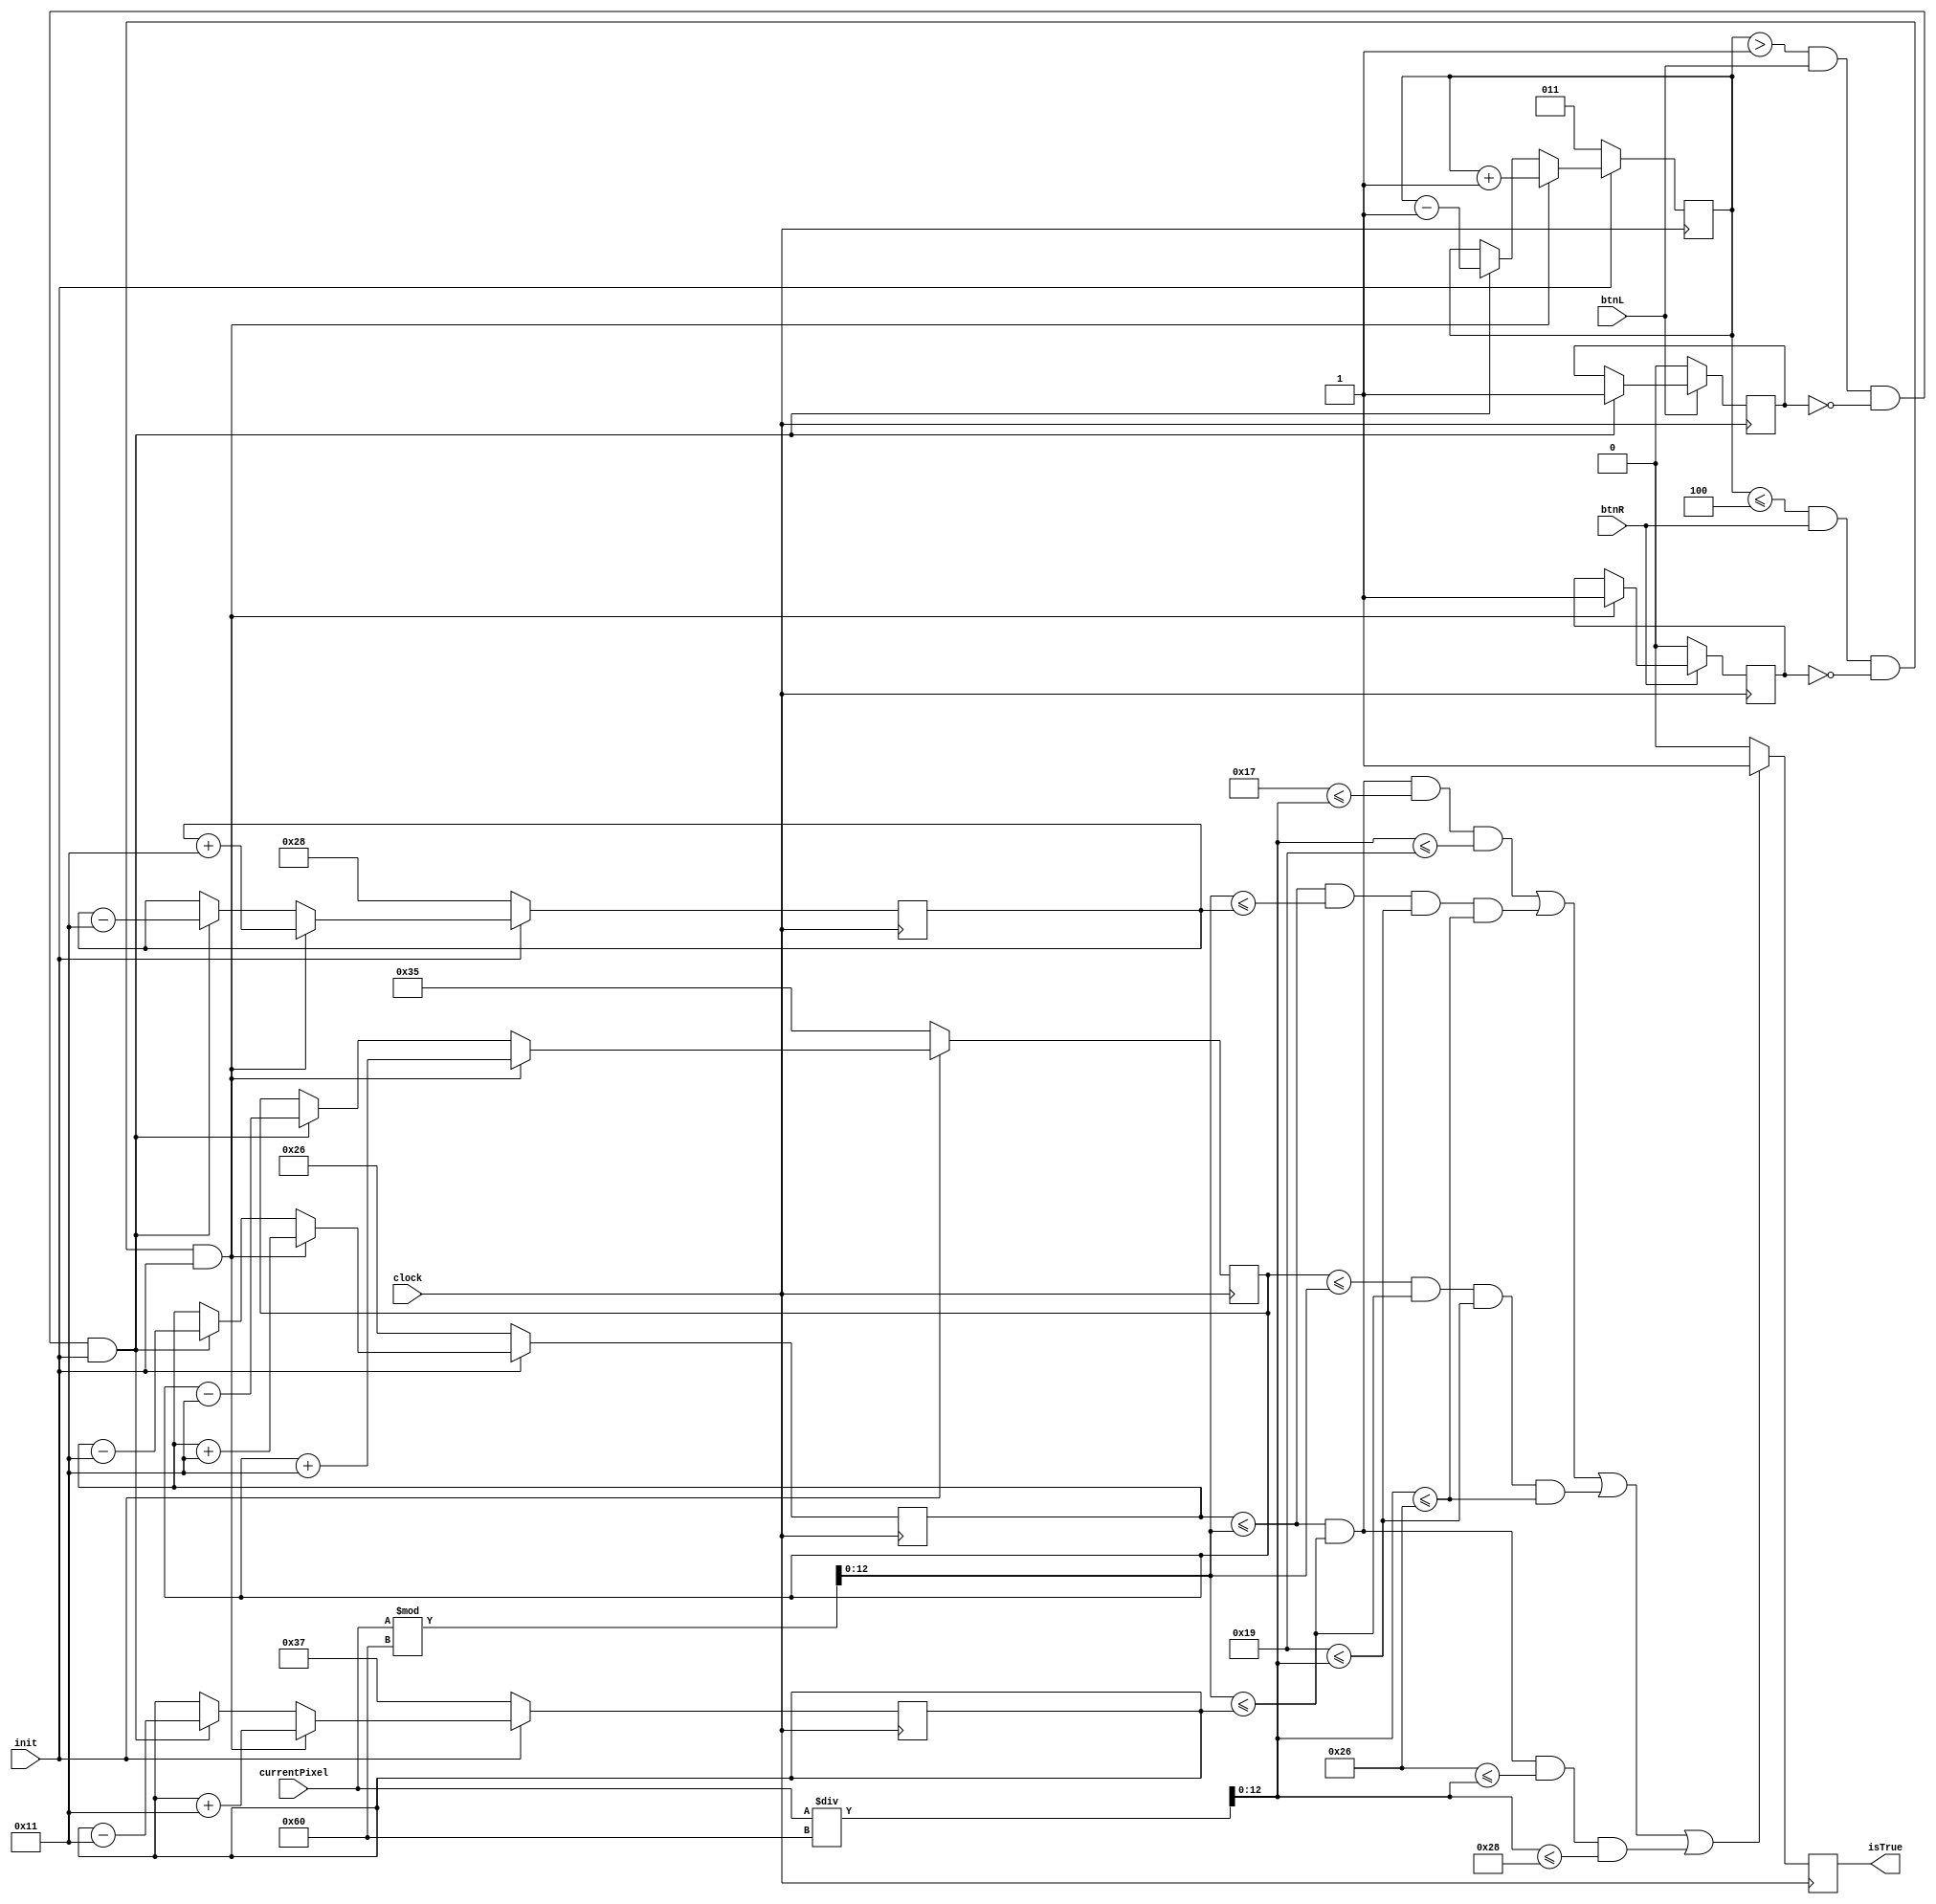
`timescale 1ns / 1ps
//////////////////////////////////////////////////////////////////////////////////
// Company: 
// Engineer: 
// 
// Design Name: 
// Module Name: greenBox
// Project Name: 
// Target Devices: 
// Tool Versions: 
// Description: 
// 
// Dependencies: 
// 
// Revision:
// Revision 0.01 - File Created
// Additional Comments:
// 
//////////////////////////////////////////////////////////////////////////////////


module greenBox(input [12:0]currentPixel, input btnL, input btnR, input clock, input init, output reg isTrue = 0);
    
    wire [12:0]currentX;
    wire [12:0]currentY;
    reg hasMovedL = 0;
    reg hasMovedR = 0;
    reg [2:0]boxCounter = 3;
    reg [12:0]x0 = 38;
    reg [12:0]x1 = 55;
    reg [12:0]x2 = 40;
    reg [12:0]x3 = 53;
    reg [12:0]y0 = 23;
    reg [12:0]y1 = 40;
    reg [12:0]y2 = 25;
    reg [12:0]y3 = 38;
            
    assign currentY = currentPixel / 96;
    assign currentX = currentPixel % 96;
   
    always @ (posedge clock) begin
        if (boxCounter > 1 && btnL && ~hasMovedL && init) begin
            boxCounter <= boxCounter - 1;
            x0 <= x0-17;
            x1 <= x1-17;
            x2 <= x2-17;
            x3 <= x3-17;
            hasMovedL <= 1;
        end
        if (boxCounter <= 4 && btnR && ~hasMovedR && init) begin
            boxCounter <= boxCounter + 1;
            x0 <= x0+17;
            x1 <= x1+17;
            x2 <= x2+17;
            x3 <= x3+17;
            hasMovedR <= 1;
        end
        if (~btnL) begin
            hasMovedL <= 0;
        end
        if (~btnR) begin
            hasMovedR <= 0;
        end
        if ((x0 <= currentX && currentX <= x1 && y0 <= currentY && currentY <= y2) ||
           (x0 <= currentX && currentX <= x2 && y2 <= currentY && currentY <= y3) ||
           (x3 <= currentX && currentX <= x1 && y2 <= currentY && currentY <= y3) ||
           (x0 <= currentX && currentX <= x1 && y3 <= currentY && currentY <= y1)) begin
            isTrue <= 1; 
        end
        else begin
            isTrue <= 0;
        end
        if (~init) begin
            x0 <= 38;
            x1 <= 55;
            x2 <= 40;
            x3 <= 53;
            boxCounter <= 3;
        end
    end        
    
endmodule